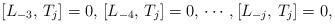
LaTeX: \begin{align*} [L_{-3}, \, T_j] = 0, \, [L_{-4}, \, T_j] = 0, \, \cdots, [L_{-j}, \, T_j] = 0,\end{align*}